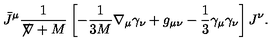
\bar { J } ^ { \mu } \frac { 1 } { \not \! \nabla + M } \left[ - \frac { 1 } { 3 M } \nabla _ { \mu } \gamma _ { \nu } + g _ { \mu \nu } - \frac { 1 } { 3 } \gamma _ { \mu } \gamma _ { \nu } \right] J ^ { \nu } .